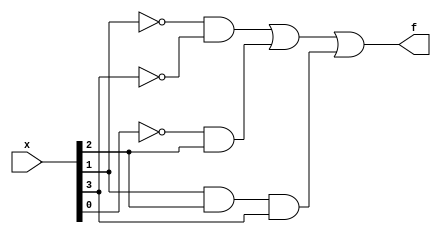
/*

x3x4\x1x2   00 01 11 10
        00   1  0  0  1
        01   0  0  0  0
        11   1  1  1  0
        10   1  1  0  1

*/

module top_module (
    input [4:1] x,
    output f
); 
    
    assign f = (~x[2] & ~x[4]) | (~x[1] & x[3]) | (x[2] & x[3] & x[4]);

endmodule